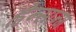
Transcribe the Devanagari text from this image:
ह्वेन्सान्ग